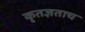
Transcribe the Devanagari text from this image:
कृतज्ञताच